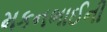
મકનભાઈની